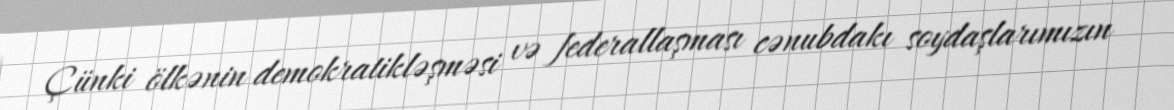
Çünki ölkənin demokratikləşməsi və federallaşması cənubdakı soydaşlarımızın